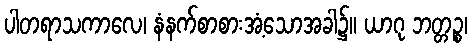
ပါတရာသကာလေ၊ နံနက်စာစားအံ့သောအခါ၌။ ယာဂု ဘတ္တဉ္စ၊